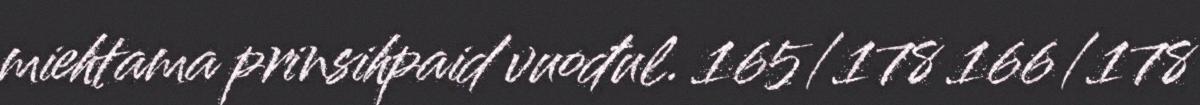
miehtama prinsihpaid vuođul. 165/178 166/178